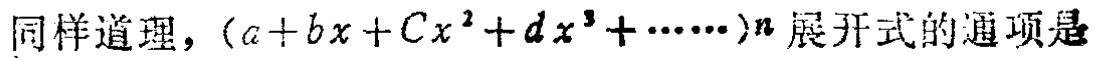
同样道理，\((a + bx + Cx^{2}+dx^{3}+\cdots)^{n}\)展开式的通项是